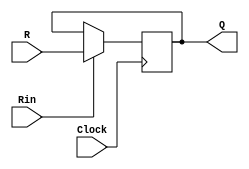
module regn (R, Rin, Clock, Q);
	parameter n = 9;
	input [n-1:0] R;
	input Rin, Clock;
	output [n-1:0] Q;
	reg [n-1:0] Q;
	
	always @ (posedge Clock)
		if (Rin)
			Q <= R;
endmodule